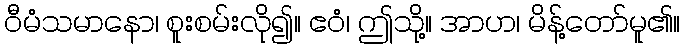
ဝီမံသမာနော၊ စူးစမ်းလို၍။ ဧဝံ၊ ဤသို့။ အာဟ၊ မိန့်တော်မူ၏။